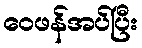
ဝေဖန်အပ်ပြီး